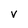
Character: v